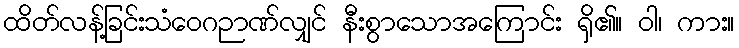
ထိတ်လန့်ခြင်းသံဝေဂဉာဏ်လျှင် နီးစွာသောအကြောင်း ရှိ၏။ ဝါ၊ ကား။